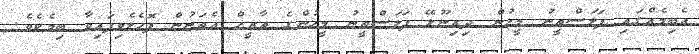
އެބިމެއްގައި ފަލަސްޠީނު މީހުން ދިރިނޫޅޭ ފަލަސްޠީނު މީހުންގެ ތާރީޚް އެތަނުން ފޮހެލެވިފައިވާ ބިމެކެވެ.